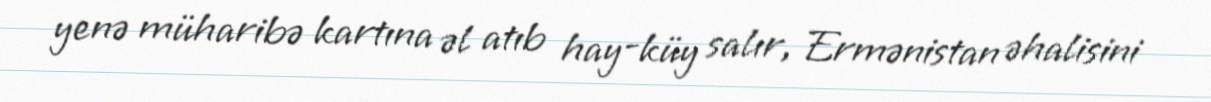
yenə müharibə kartına əl atıb hay-küy salır, Ermənistan əhalisini